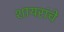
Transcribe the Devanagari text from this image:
शायरांचे